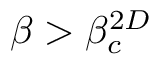
\beta > \beta _ { c } ^ { 2 D }